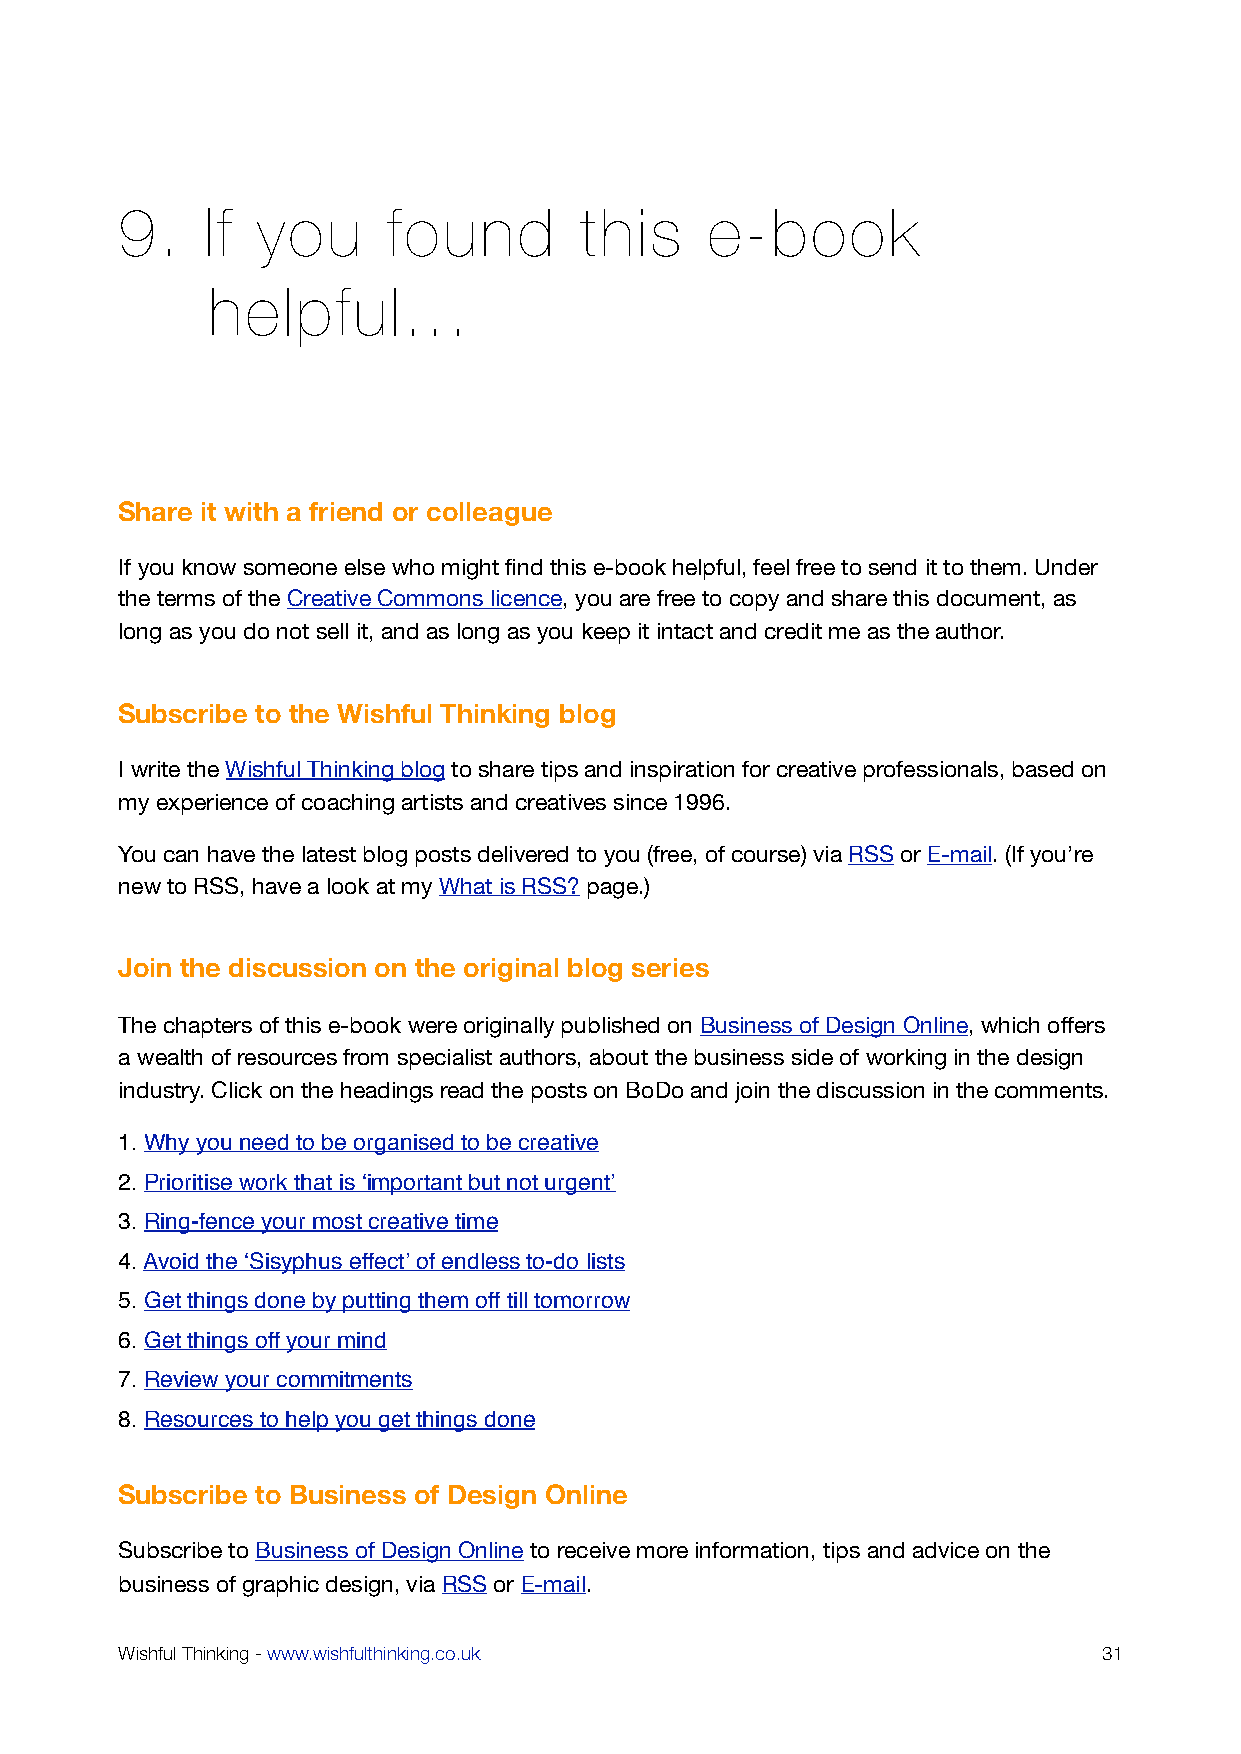
9.    If you      found       this     e-book
 helpful...
 Share it with a friend or colleague
 If you know someone else who might find this e-book helpful, feel free to send it to them. Under
 the terms of the Creative Commons licence, you are free to copy and share this document, as
 long as you do not sell it, and as long as you keep it intact and credit me as the author.
 Subscribe to the Wishful Thinking blog
 I write the Wishful Thinking blog to share tips and inspiration for creative professionals, based on
 my experience of coaching artists and creatives since 1996.
 You can have the latest blog posts delivered to you (free, of course) via RSS or E-mail. (If you’re
 new to RSS, have a look at my What is RSS? page.)
 Join the discussion on the original blog series
 The chapters of this e-book were originally published on Business of Design Online, which offers
 a wealth of resources from specialist authors, about the business side of working in the design
 industry. Click on the headings read the posts on BoDo and join the discussion in the comments.
 1. Why you need to be organised to be creative
 2. Prioritise work that is ʻimportant but not urgentʼ
 3. Ring-fence your most creative time
 4. Avoid the ʻSisyphus effectʼ of endless to-do lists
 5. Get things done by putting them off till tomorrow
 6. Get things off your mind
 7. Review your commitments
 8. Resources to help you get things done
 Subscribe to Business of Design Online
 Subscribe to Business of Design Online to receive more information, tips and advice on the
 business of graphic design, via RSS or E-mail.
 Wishful Thinking - www.wishfulthinking.co.uk                     31